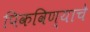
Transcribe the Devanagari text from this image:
पिकविण्याचे